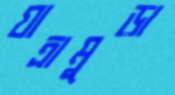
যাত্রামুড়া